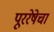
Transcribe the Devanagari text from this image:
पूररेषेचा